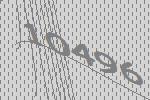
10496